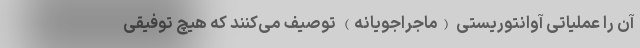
آن را عملیاتی آوانتوریستی (ماجراجویانه) توصیف می‌کنند که هیچ توفیقی